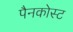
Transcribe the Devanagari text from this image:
पैनकोस्ट